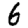
Digit: 6